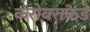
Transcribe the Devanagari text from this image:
करोबराकडे